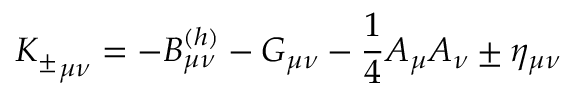
{ K _ { \pm } } _ { \mu \nu } = - B _ { \mu \nu } ^ { ( h ) } - { \cal G } _ { \mu \nu } - { \frac { 1 } { 4 } } { \cal A } _ { \mu } { \cal A } _ { \nu } \pm \eta _ { \mu \nu }